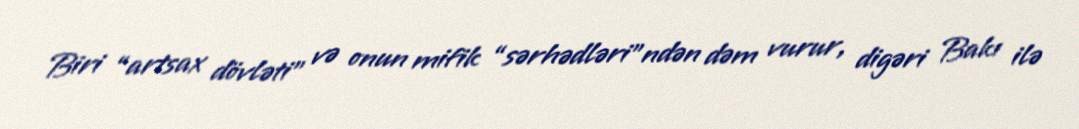
Biri “artsax dövləti” və onun mifik “sərhədləri”ndən dəm vurur, digəri Bakı ilə